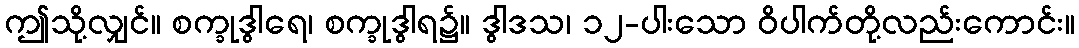
ဤသို့လျှင်။ စက္ခုဒွါရေ၊ စက္ခုဒွါရ၌။ ဒွါဒသ၊ ၁၂-ပါးသော ဝိပါက်တို့လည်းကောင်း။